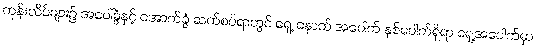
ကုန်းလိပ်များ၌ အပေါ်ခွံနှင့် အောက်ခွံ ဆက်စပ်ရာတွင် ရှေ့ နောက် အပေါက် နှစ်ပေါက်ရှိရာ ရှေ့အပေါက်မှာ